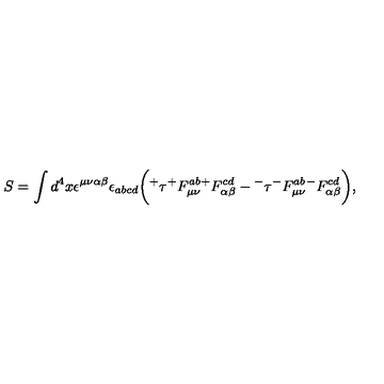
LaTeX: S = \int d ^ { 4 } x \epsilon ^ { \mu \nu \alpha \beta } \epsilon _ { a b c d } \bigg ( { ^ + } \tau { ^ + } F _ { \mu \nu } ^ { a b } { ^ + } F _ { \alpha \beta } ^ { c d } - { ^ - } \tau { ^ - } F _ { \mu \nu } ^ { a b } { ^ - } F _ { \alpha \beta } ^ { c d } \bigg ) ,